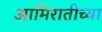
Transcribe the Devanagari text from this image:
आमिरातीच्या